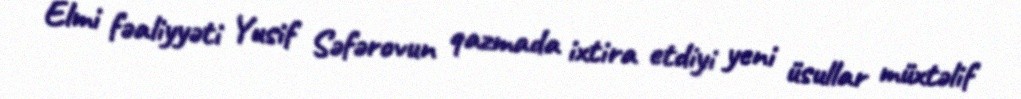
Elmi fəaliyyəti Yusif Səfərovun qazmada ixtira etdiyi yeni üsullar müxtəlif